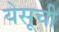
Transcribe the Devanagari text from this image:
येसूची